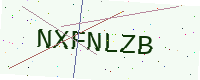
Text: NXFNLZB